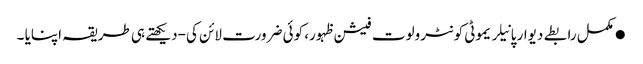
●مکمل رابطے دیوار پانیلریموٹی کونٹرولوت فیشن ظہور، کوئی ضرورت لائن کی-دیکھتے ہی طریقہ اپنایا ۔